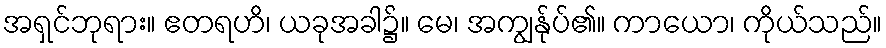
အရှင်ဘုရား။ ဧတရဟိ၊ ယခုအခါ၌။ မေ၊ အကျွန်ုပ်၏။ ကာယော၊ ကိုယ်သည်။